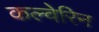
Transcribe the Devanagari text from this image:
कल्वेरिन